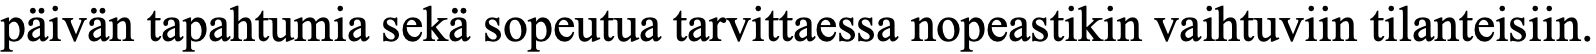
päivän tapahtumia sekä sopeutua tarvittaessa nopeastikin vaihtuviin tilanteisiin.